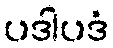
ပဒါပဒံ